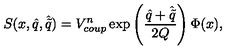
S ( x , \hat { q } , \hat { \tilde { q } } ) = V _ { c o u p } ^ { n } \exp \left( { \frac { \hat { q } + \hat { \tilde { q } } } { 2 Q } } \right) \Phi ( x ) ,